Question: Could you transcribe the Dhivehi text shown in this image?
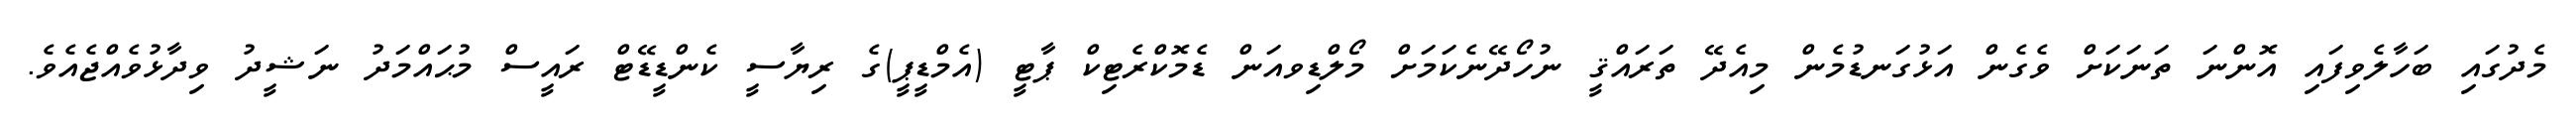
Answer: މެދުގައި ބަހާލެވިފައި އޮންނަ ތަނަކަށް ވެގެން އަޅުގަނޑުމެން މިއެދޭ ތަރައްޤީ ނުހޯދޭނެކަމަށް މޯލްޑިވއަން ޑެމޮކްރެޓިކް ޕާޓީ (އެމްޑީޕީ)ގެ ރިޔާސީ ކެންޑީޑޭޓް ރައީސް މުޙައްމަދު ނަޝީދު ވިދާޅުވެއްޖެއެވެ.